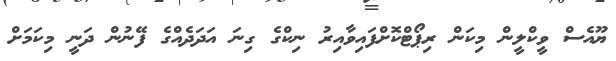
ޔޫއެސް ވީކްލީން މިކަން ރިޕޯޓްކޮށްފައިވާއިރު ނިކްގެ ގިނަ އަދަދެއްގެ ފޭނުން ދަނީ މިކަމަށް